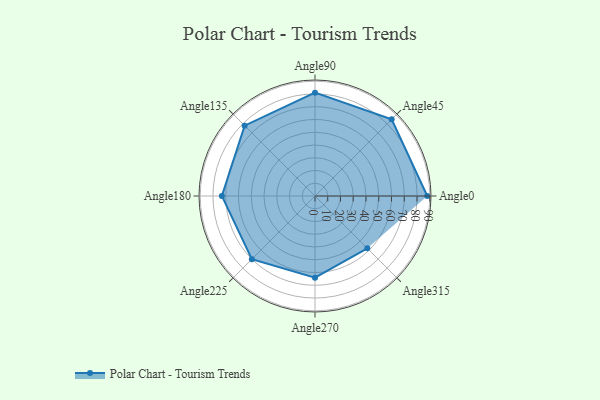
{"axis": {"x": "Angle", "y": "Radius"}, "legend": [""], "data": [{"x": "Angle0", "y": 88.0, "type": ""}, {"x": "Angle45", "y": 85.0, "type": ""}, {"x": "Angle90", "y": 81.0, "type": ""}, {"x": "Angle135", "y": 78.0, "type": ""}, {"x": "Angle180", "y": 73.0, "type": ""}, {"x": "Angle225", "y": 70.0, "type": ""}, {"x": "Angle270", "y": 64.0, "type": ""}, {"x": "Angle315", "y": 58.0, "type": ""}]}